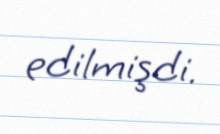
edilmişdi.